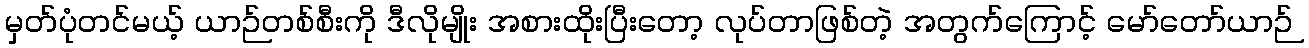
မှတ်ပုံတင်မယ့် ယာဉ်တစ်စီးကို ဒီလိုမျိုး အစားထိုးပြီးတော့ လုပ်တာဖြစ်တဲ့ အတွက်ကြောင့် မော်တော်ယာဉ်